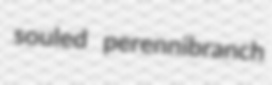
souled perennibranch